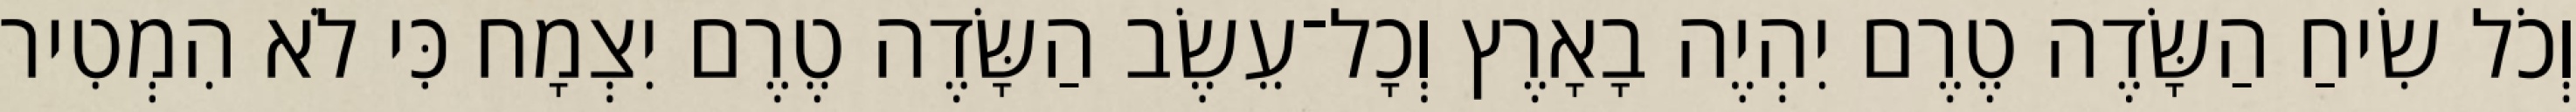
וְכֹל שִׂיחַ הַשָּׂדֶה טֶרֶם יִהְיֶה בָאָרֶץ וְכָל־עֵשֶׂב הַשָּׂדֶה טֶרֶם יִצְמָח כִּי לֹא הִמְטִיר